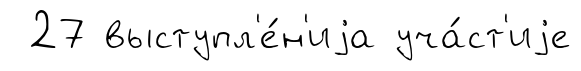
27 выступл'е́н'иjа уча́ст'иjе